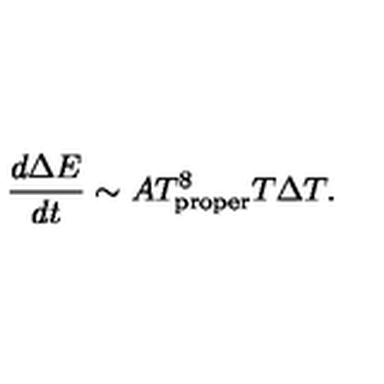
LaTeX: { \frac { d \Delta E } { d t } } \sim A T _ { \mathrm { p r o p e r } } ^ { 8 } T \Delta T .